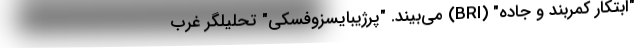
"ابتکار کمربند و جاده" (BRI) می‌بیند. "پرژیبایسزوفسکی" تحلیلگر غرب